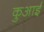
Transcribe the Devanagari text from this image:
कुआई